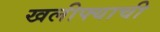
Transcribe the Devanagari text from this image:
खलीफ्याची